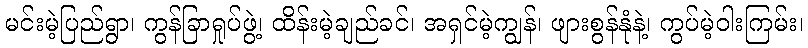
မင်းမဲ့ပြည်ရွာ၊ ကွန်ခြာရှုပ်ဖွဲ့၊ ထိန်းမဲ့ချည်ခင်၊ အရှင်မဲ့ကျွန်၊ ဖျားစွန်နုံနဲ့၊ ကွပ်မဲ့ဝါးကြမ်း၊